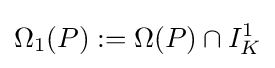
\Omega _{1}(P):=\Omega (P)\cap I_{K}^{1}